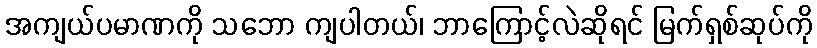
အကျယ်ပမာဏကို သဘော ကျပါတယ်၊ ဘာကြောင့်လဲဆိုရင် မြက်ရှစ်ဆုပ်ကို